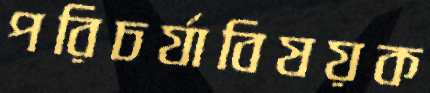
পরিচর্যাবিষয়ক